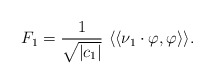
\begin{align*}F_1= \frac{1}{\sqrt{|c_1|}}\ \langle\langle \nu_1 \cdot \varphi , \varphi \rangle\rangle.\end{align*}